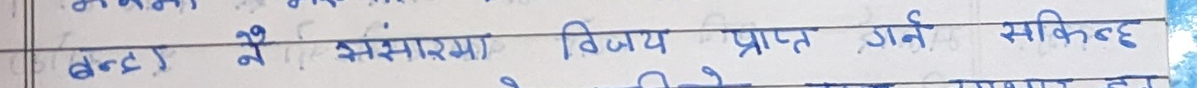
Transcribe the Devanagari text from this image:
बल्दै नै संसारमा विजय प्राप्त गर्न सकिन्छ